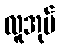
လူအုပ်